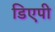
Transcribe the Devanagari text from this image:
डिएपी